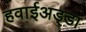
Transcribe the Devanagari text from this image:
हवाईअड्‍डा